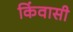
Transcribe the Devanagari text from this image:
किंवासी